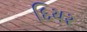
દિયર